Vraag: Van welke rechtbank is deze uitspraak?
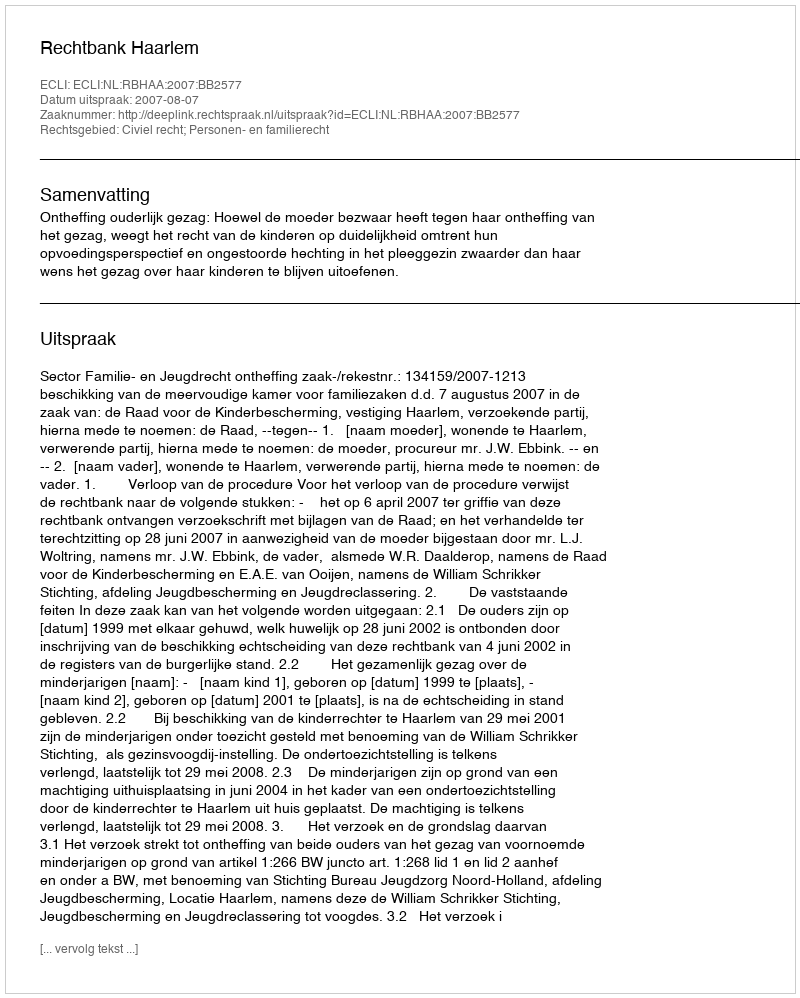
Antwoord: Rechtbank Haarlem